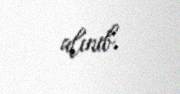
alınıb.